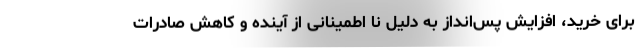
برای خرید، افزایش پس‌انداز به دلیل نا اطمینانی از آینده و کاهش صادرات